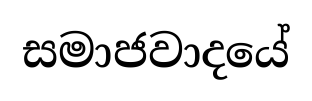
සමාජවාදයේ